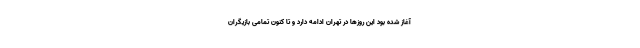
آغاز شده بود این روزها در تهران ادامه دارد و تا کنون تمامی بازیگران